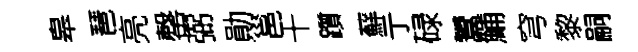
皋琶亮罄弼勛邕十躓蘚亍碌鬻鯆穹黎嗣